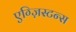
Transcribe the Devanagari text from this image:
एग्ज़िस्टन्स